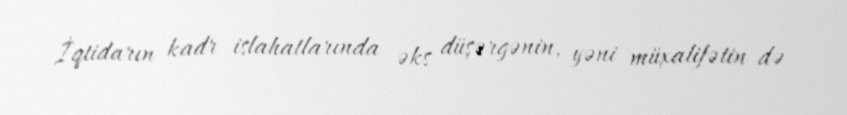
İqtidarın kadr islahatlarında əks düşərgənin, yəni müxalifətin də